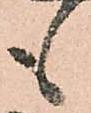
も